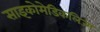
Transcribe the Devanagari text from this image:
साइकोमेडिकलिज्म